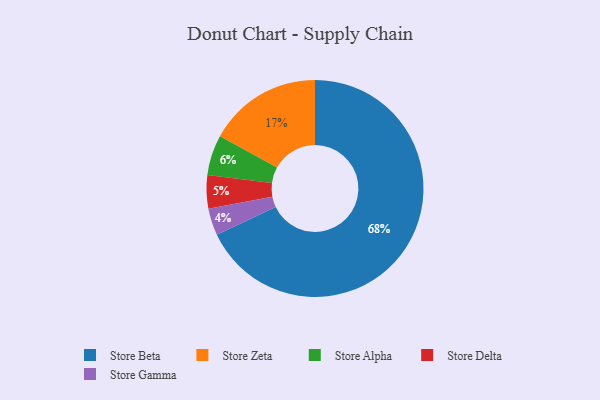
{"axis": {"x": "Category", "y": "Percentage"}, "legend": ["Store Alpha", "Store Beta", "Store Delta", "Store Gamma", "Store Zeta"], "data": [{"x": "Store Beta", "y": 68, "type": "Store Beta"}, {"x": "Store Zeta", "y": 17, "type": "Store Zeta"}, {"x": "Store Alpha", "y": 6, "type": "Store Alpha"}, {"x": "Store Delta", "y": 5, "type": "Store Delta"}, {"x": "Store Gamma", "y": 4, "type": "Store Gamma"}]}